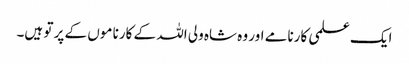
ایک علمی کارنامے اور وہ شاہ ولی اللہ کے کارنا موں کے پر تو ہیں۔